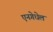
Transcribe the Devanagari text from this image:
एनगेधेल